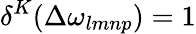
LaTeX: \delta^{K}(\Delta\omega_{lmnp})=1